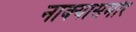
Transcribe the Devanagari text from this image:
नाक्‍यासमोर